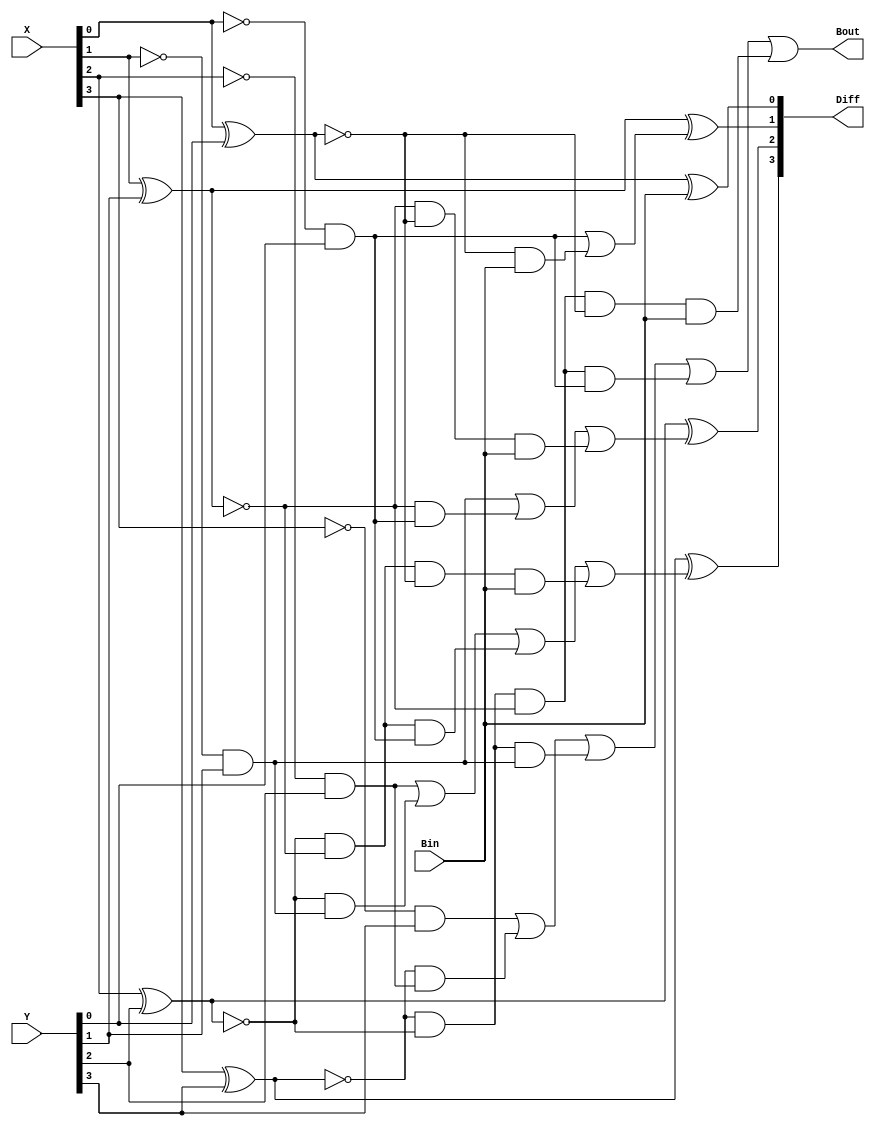
module Lab2_4_bit_BLS_behavioral (input [3:0] X, Y, input Bin, output reg Bout, output reg [3:0] Diff);
	
	reg [3:0] P, G;
	reg [3:0] B;

	always @(*)
	  begin

	  	// P
		P[0] = X[0] ^ Y[0];
		P[1] = X[1] ^ Y[1];
		P[2] = X[2] ^ Y[2];
		P[3] = X[3] ^ Y[3];

		// G
		G[0] = (~X[0]) & Y[0];
		G[1] = (~X[1]) & Y[1];
		G[2] = (~X[2]) & Y[2];
		G[3] = (~X[3]) & Y[3];
		
		// B
		B[1] = G[0] | ((~P[0]) & Bin);
		B[2] = G[1] | ((~P[1]) & G[0]) | ((~P[1]) & (~P[0]) & Bin);
		B[3] = G[2] | ((~P[2]) & G[1]) | ((~P[2]) & (~P[1]) & G[0]) | ((~P[2]) & (~P[1]) & (~P[0]) & Bin);
		Bout = G[3] | ((~P[3]) & G[2]) | ((~P[3]) & (~P[2]) & G[1]) | ((~P[3]) & (~P[2]) & (~P[1]) & G[0]) | ((~P[3]) & (~P[2]) & (~P[1]) & (~P[0]) & Bin); 

		// D
		Diff[0] = P[0] ^ Bin;
		Diff[1] = P[1] ^ B[1];
		Diff[2] = P[2] ^ B[2];
		Diff[3] = P[3] ^ B[3];
	  
	  end

endmodule